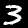
Digit: 3